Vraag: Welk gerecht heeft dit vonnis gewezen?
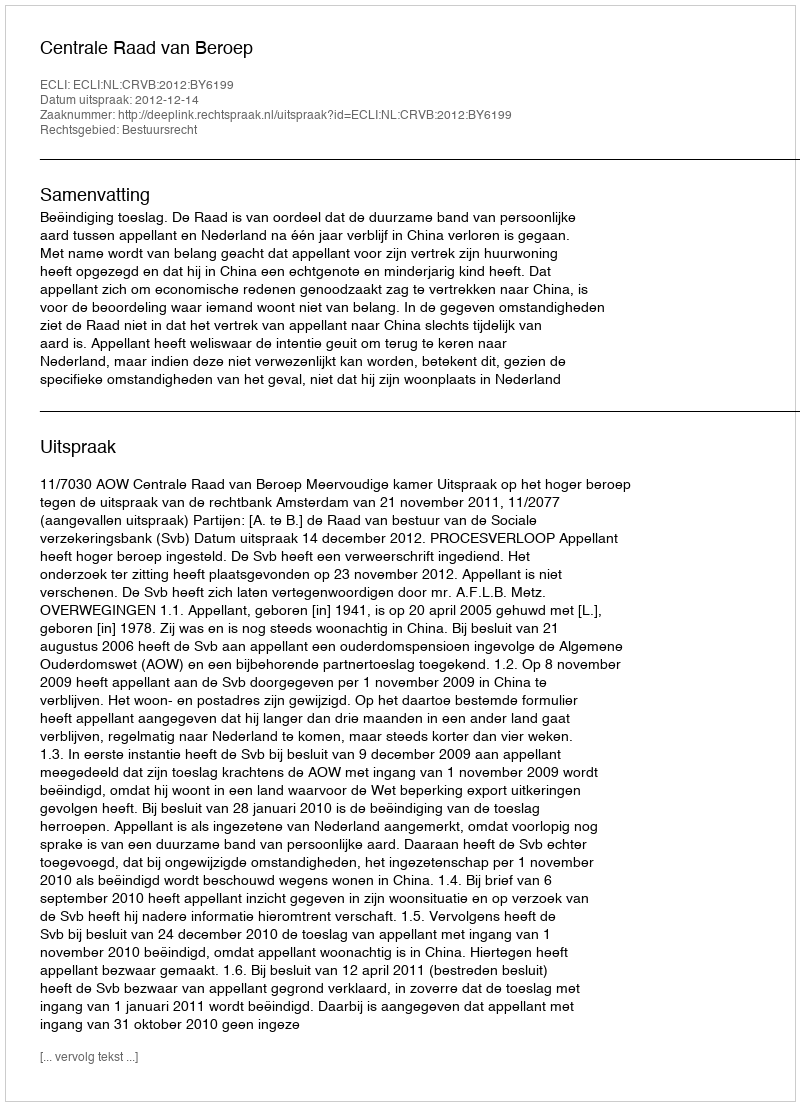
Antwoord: Centrale Raad van Beroep